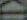
D